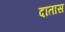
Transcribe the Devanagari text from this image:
दातास